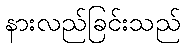
နားလည်ခြင်းသည်